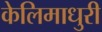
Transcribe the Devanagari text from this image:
केलिमाधुरी